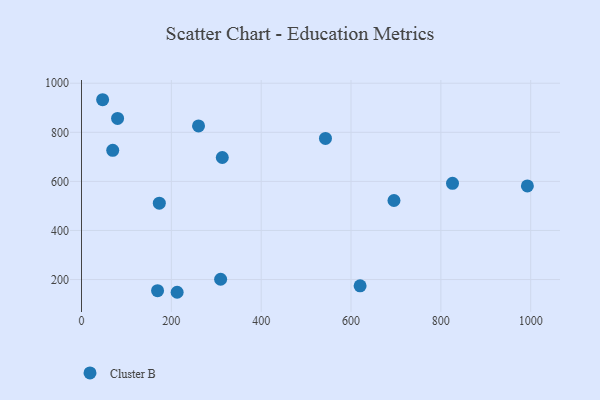
{"axis": {"x": "Ad Spend", "y": "Exam Score"}, "legend": ["Cluster B"], "data": [{"x": "169.3", "y": 154.8, "type": "Cluster B"}, {"x": "69.5", "y": 726.7, "type": "Cluster B"}, {"x": "695.6", "y": 522.2, "type": "Cluster B"}, {"x": "620.2", "y": 174.4, "type": "Cluster B"}, {"x": "47.0", "y": 932.7, "type": "Cluster B"}, {"x": "212.9", "y": 148.2, "type": "Cluster B"}, {"x": "313.4", "y": 697.4, "type": "Cluster B"}, {"x": "173.2", "y": 511.2, "type": "Cluster B"}, {"x": "260.5", "y": 825.9, "type": "Cluster B"}, {"x": "80.3", "y": 856.5, "type": "Cluster B"}, {"x": "543.1", "y": 775.1, "type": "Cluster B"}, {"x": "309.7", "y": 201.2, "type": "Cluster B"}, {"x": "992.6", "y": 581.3, "type": "Cluster B"}, {"x": "825.9", "y": 591.9, "type": "Cluster B"}]}